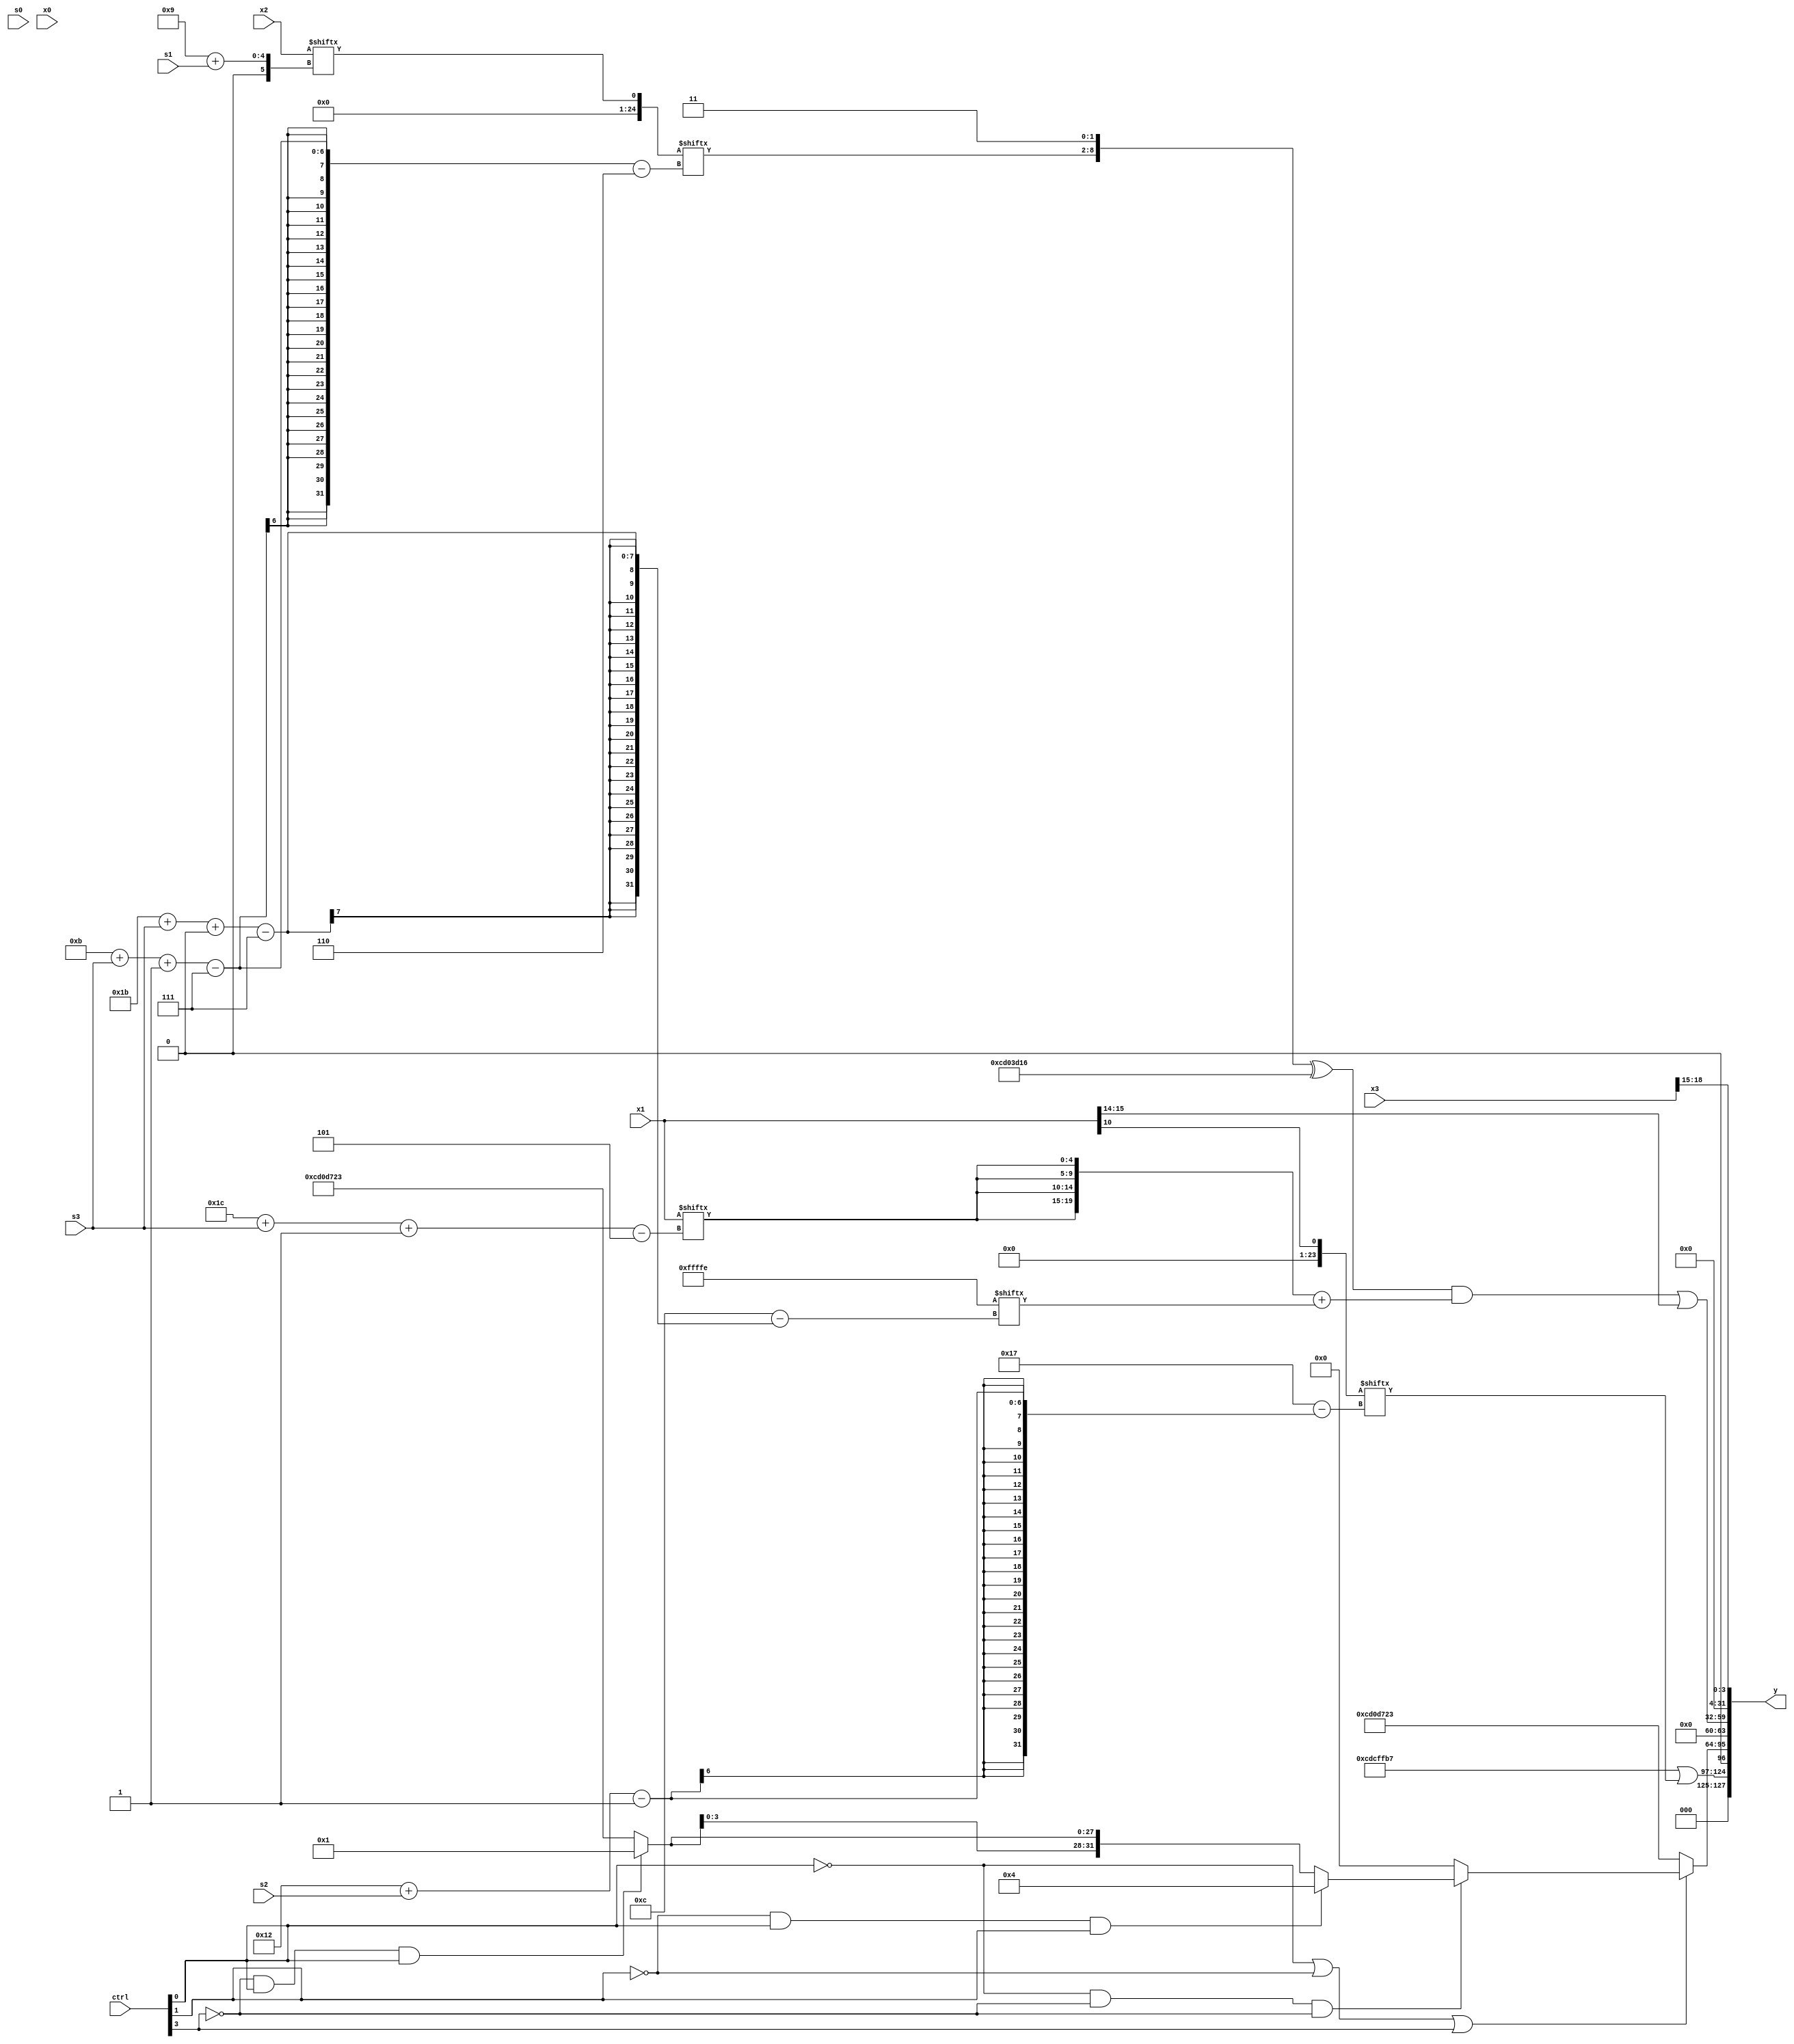
module partsel_00772(ctrl, s0, s1, s2, s3, x0, x1, x2, x3, y);
  input [3:0] ctrl;
  input [2:0] s0;
  input [2:0] s1;
  input [2:0] s2;
  input [2:0] s3;
  input signed [31:0] x0;
  input [31:0] x1;
  input signed [31:0] x2;
  input signed [31:0] x3;
  wire signed [1:24] x4;
  wire signed [1:29] x5;
  wire [30:6] x6;
  wire signed [7:26] x7;
  wire signed [1:28] x8;
  wire [1:29] x9;
  wire signed [2:30] x10;
  wire [3:26] x11;
  wire [27:5] x12;
  wire signed [30:1] x13;
  wire [26:2] x14;
  wire signed [7:31] x15;
  output [127:0] y;
  wire signed [31:0] y0;
  wire signed [31:0] y1;
  wire signed [31:0] y2;
  wire [31:0] y3;
  assign y = {y0,y1,y2,y3};
  localparam [4:31] p0 = 751884067;
  localparam [0:26] p1 = 266113339;
  localparam [5:28] p2 = 210528693;
  localparam signed [24:7] p3 = 624486964;
  assign x4 = x1[10 +: 1];
  assign x5 = (ctrl[1] && !ctrl[0] || ctrl[3] ? p2[5 + s3] : (ctrl[1] || ctrl[1] && !ctrl[1] ? (x3 ^ {2{(ctrl[1] || ctrl[1] && ctrl[1] ? p2[16 + s1 +: 3] : x1[18 -: 4])}}) : ({2{(x4[15 + s2] & (p3[21 -: 4] & x3[9 + s2 -: 7]))}} ^ (x3[27 + s3 -: 2] ^ x0[14]))));
  assign x6 = x2[9 + s1];
  assign x7 = (p3[8] - p0[12 -: 2]);
  assign x8 = p1[7 + s3 +: 4];
  assign x9 = (ctrl[1] && !ctrl[3] || !ctrl[2] ? p0 : p3);
  assign x10 = p0;
  assign x11 = {2{x8}};
  assign x12 = (!ctrl[1] || !ctrl[1] && !ctrl[0] ? ({(p0[5 + s1] + (!ctrl[2] || !ctrl[1] && !ctrl[2] ? p3 : x0[8 + s1])), x5[14 + s3]} - x1[9 + s2]) : p3[4 + s0 +: 1]);
  assign x13 = (((p3 & p0[9 + s3]) | (!ctrl[3] || ctrl[2] || !ctrl[1] ? ((x2[5 + s0] & p2[15 + s2 -: 3]) + p2[17 -: 4]) : (!ctrl[1] || ctrl[2] || ctrl[1] ? (p0[28 + s1 -: 6] ^ (p2[23 -: 2] | p1[14 -: 2])) : {2{(x4[27 + s3 -: 2] - p2)}}))) ^ p2[7 + s1 +: 7]);
  assign x14 = x12;
  assign x15 = p0[16 + s3];
  assign y0 = {((p2 | p0) | x4[18 + s2]), p1[19]};
  assign y1 = (!ctrl[0] || !ctrl[1] || ctrl[3] ? (!ctrl[0] && !ctrl[3] && !ctrl[3] ? (!ctrl[1] && ctrl[0] && ctrl[1] ? p2[19 -: 3] : {2{(!ctrl[3] && ctrl[0] && ctrl[0] ? x9[11 +: 4] : p0)}}) : (ctrl[3] || ctrl[2] || !ctrl[0] ? p1[13 -: 2] : x11[10])) : p0);
  assign y2 = ((({x6[11 + s3 -: 7], p3[21 -: 2]} ^ ((p3[12] | p3) ^ p0)) & ({2{{2{x1[28 + s3 -: 5]}}}} + x7[27 + s3 +: 8])) | x1[15 -: 2]);
  assign y3 = x3[18 -: 4];
endmodule